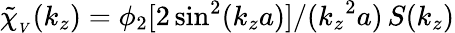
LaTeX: \mathinner{\tilde{\chi}_{_V}\mathopen{\left(k_{z}\right)}}=\phi_{2}[2\sin^{2}(k_{z}a)]/({k_{z}}^{2}a)\mathinner{S\mathopen{\left(k_{z}\right)}}